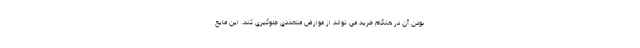
بودن آن در هنگام خرید می تواند از عوارض متعددی جلوگیری کند. این مایع